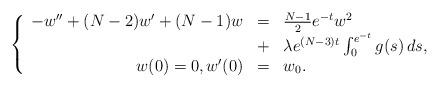
LaTeX: \begin{align*}\left\{ \begin{array}{rcl}-w'' + (N-2)w' + (N-1)w &=& \frac{N-1}{2} e^{-t} w^2 \\&+& \lambda e^{(N-3)t} \int_0^{e^{-t}} g(s) \, ds, \\w(0)=0, w'(0) &=& w_0.\end{array}\right.\end{align*}